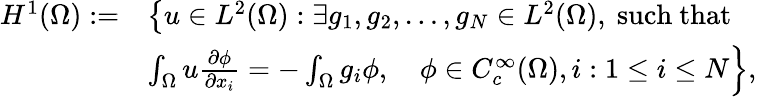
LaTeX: \begin{array}{rl}{H^{1}(\Omega):=}&{\left\{ u\in L^{2}(\Omega):\exists g_{1},g_{2},\ldots,g_{N}\in L^{2}(\Omega),\right.\mathrm{~such~that~}}\\ &{\left.\int_{\Omega}u\frac{\partial\phi}{\partial x_{i}}=-\int_{\Omega}g_{i}\phi,\quad\phi\in C_{c}^{\infty}(\Omega),i:1\leq i\leq N\right\} ,}\end{array}